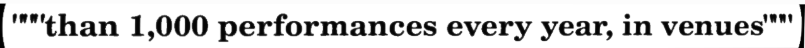
"""than 1,000 performances every year, in venues"""